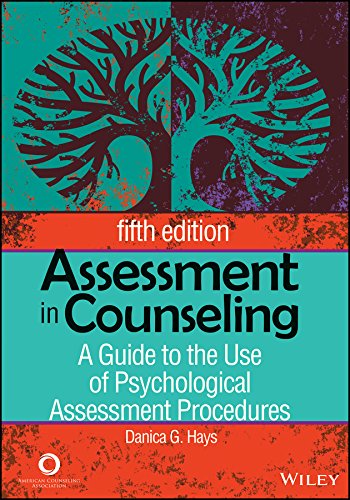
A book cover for Assessment in Counseling: A Guide to the Use of Psychological Assessment Procedures; Anne Marie Wheeler; Medical Books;